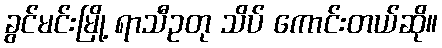
ခွင်မင်းမြို့ ရာသီဥတု သိပ် ကောင်းတယ်ဆို။